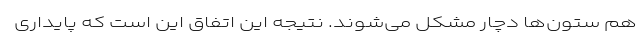
هم ستون‌ها دچار مشکل می‌شوند. نتیجه این اتفاق این است که پایداری